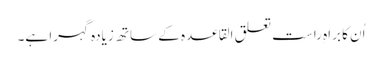
اُن کا براہِ راست تعلق القاعدہ کے ساتھ زیادہ گہرا ہے۔